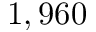
1 , 9 6 0